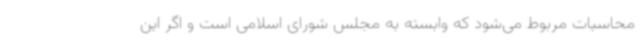
محاسبات مربوط می‌شود که وابسته به مجلس شورای اسلامی است و اگر این